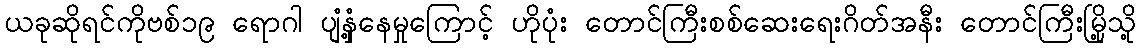
ယခုဆိုရင်ကိုဗစ်၁၉ ရောဂါ ပျံနှံ့နေမှုကြောင့် ဟိုပုံး တောင်ကြီးစစ်ဆေးရေးဂိတ်အနီး တောင်ကြီးမြို့သို့